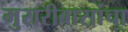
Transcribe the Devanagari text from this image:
मुरारीबासांचा